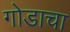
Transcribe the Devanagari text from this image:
गोडाचा